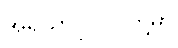
အရိယာပုဂ္ဂိုလ်တို့မှာ